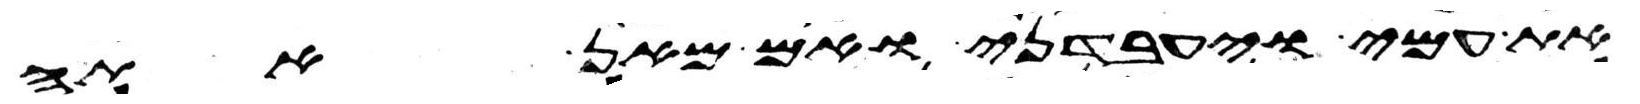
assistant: את עמי ויעבדני ואם מאן אתה